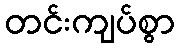
တင်းကျပ်စွာ